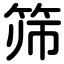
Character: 筛